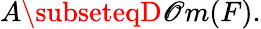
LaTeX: A\subseteqD\mathscr{O}m(F).